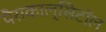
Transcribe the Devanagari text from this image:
पैराकाल्सिटॉल